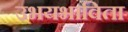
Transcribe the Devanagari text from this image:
उभयभाविता